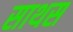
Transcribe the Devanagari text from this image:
साथस